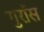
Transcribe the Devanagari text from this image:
गुराँस